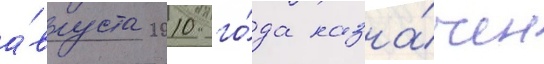
а́вгуста 2010 го́да назна́чен